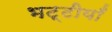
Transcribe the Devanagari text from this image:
भट्टीयाँ